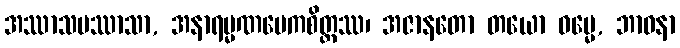
အဿာသပဿာသာ, အနာရမ္မဏမေကစိတ္တဿ၊ အဇာနတော တယော ဓမ္မေ, ဘာဝနာ